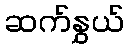
ဆက်နွှယ်